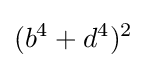
(b^{4}+d^{4})^{2}